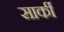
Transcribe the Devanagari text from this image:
सार्की